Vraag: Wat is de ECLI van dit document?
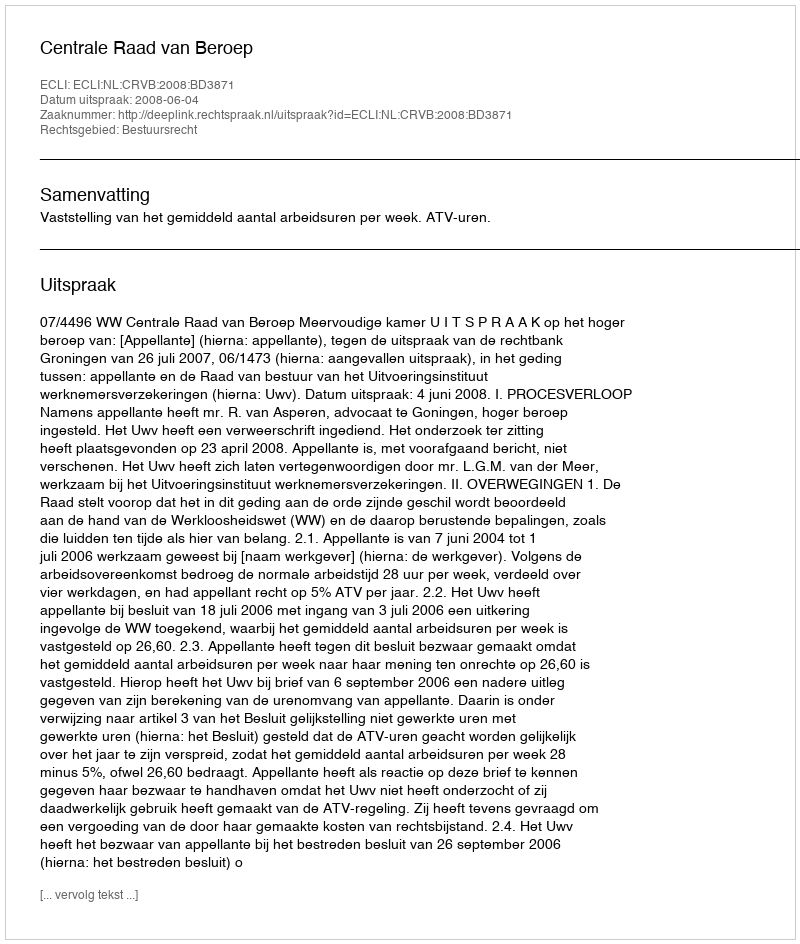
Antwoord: ECLI:NL:CRVB:2008:BD3871